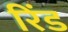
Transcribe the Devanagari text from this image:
रिंड